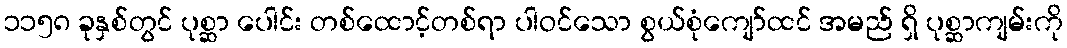
၁၁၅၈ ခုနှစ်တွင် ပုစ္ဆာ ပေါင်း တစ်ထောင့်တစ်ရာ ပါဝင်သော စွယ်စုံကျော်ထင် အမည် ရှိ ပုစ္ဆာကျမ်းကို